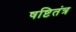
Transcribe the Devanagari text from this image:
षष्टितंत्र